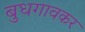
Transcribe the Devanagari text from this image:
बुधगावकर